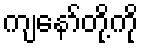
ကျနော်တို့ကို